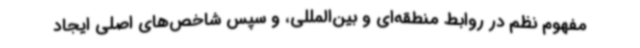
مفهوم نظم در روابط منطقه‌ای و بین‌المللی، و سپس شاخص‌های اصلی ایجاد